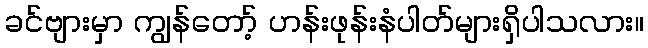
ခင်ဗျားမှာ ကျွန်တော့် ဟန်းဖုန်းနံပါတ်များရှိပါသလား။